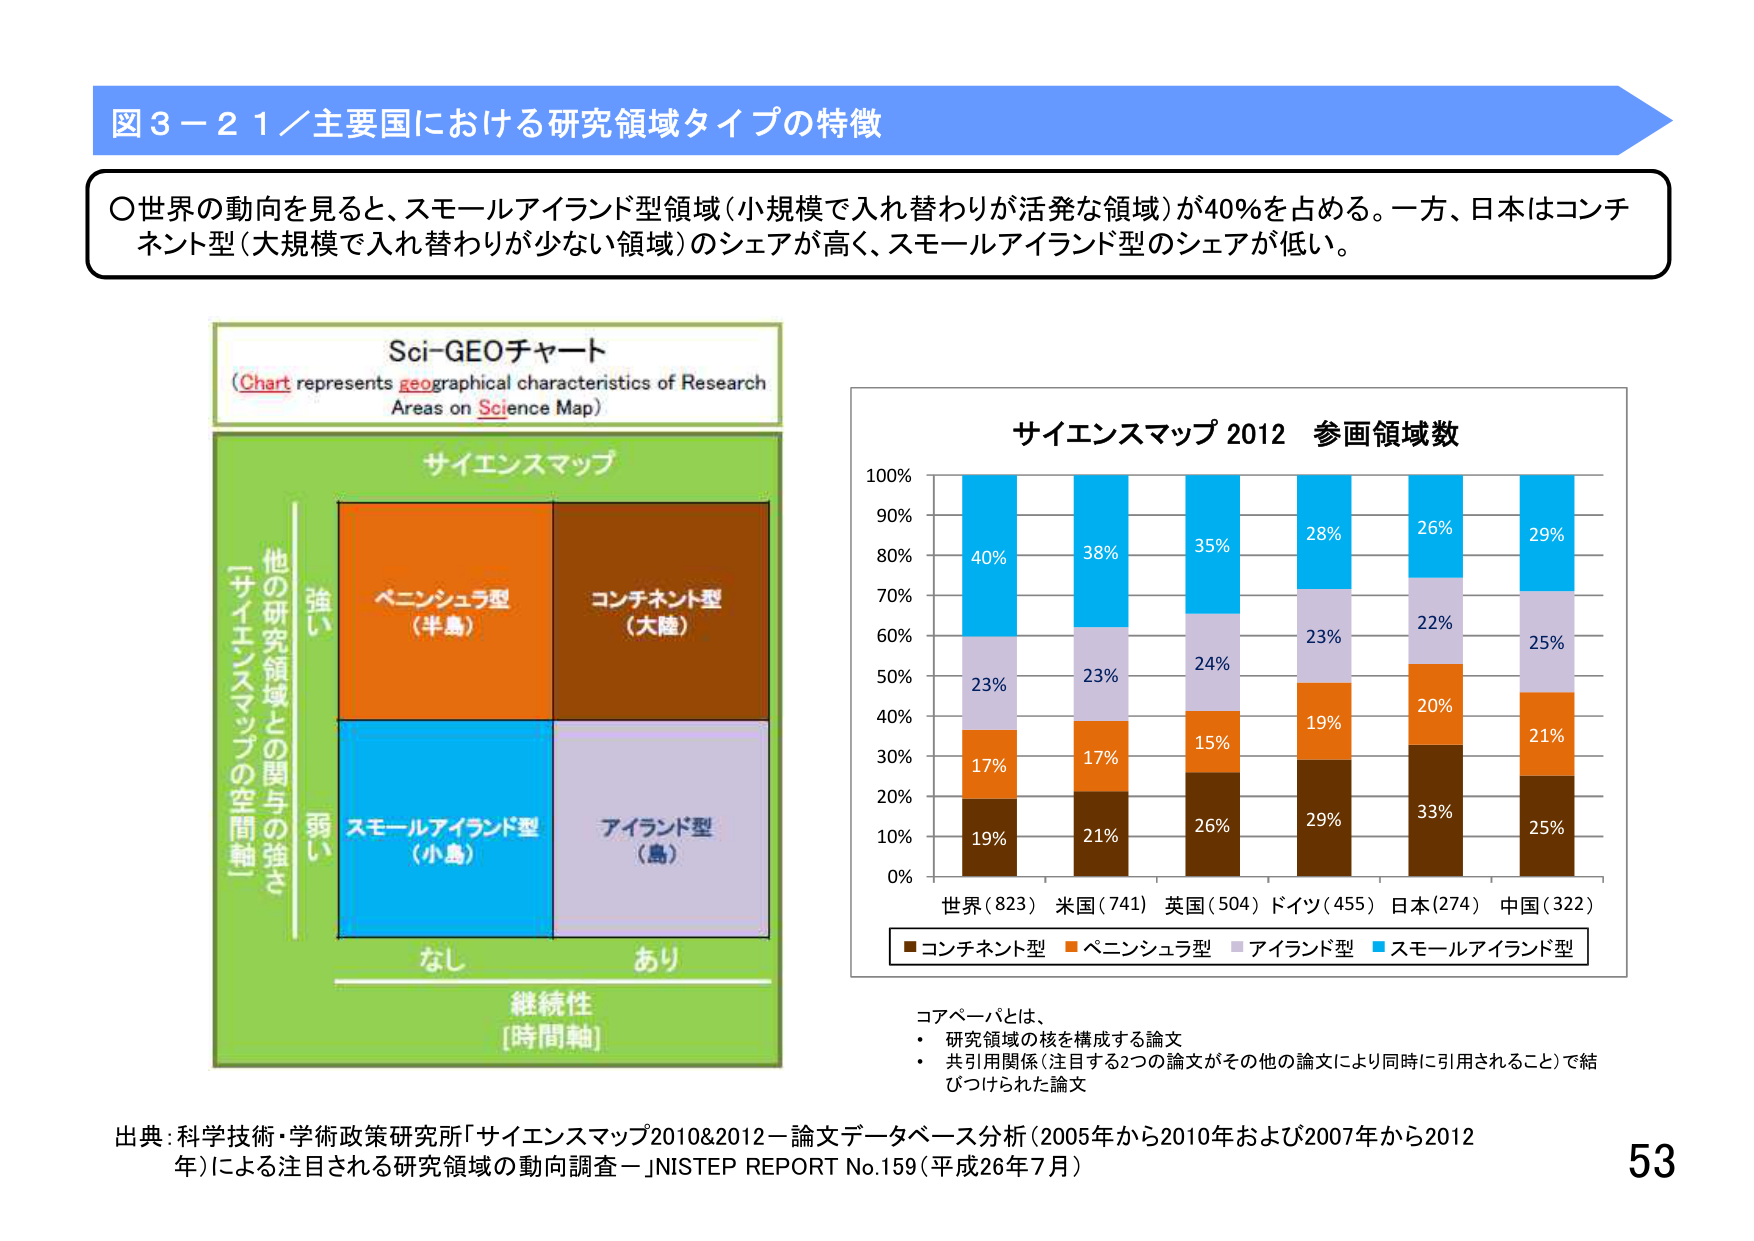
図３－２１／主要国における研究領域タイプの特徴

〇世界の動向を見ると、スモールアイランド型領域（小規模で入れ替わりが活発な領域）が40％を占める。一方、日本はコンチネント型（大規模で入れ替わりが少ない領域）のシェアが高く、スモールアイランド型のシェアが低い。

Sci-GEOチャート
（Chart represents geographical characteristics of Research Areas on Science Map）

サイエンスマップ

他の研究領域との関与の強さ
[サイエンスマップの空間軸]

強い
ペニンシュラ型
（半島）
コンチネント型
（大陸）

弱い
スモールアイランド型
（小島）
アイランド型
（島）

なし
あり
継続性
[時間軸]

サイエンスマップ 2012 参画領域数

100%
90%
80%
70%
60%
50%
40%
30%
20%
10%
0%

40%
23%
17%
19%

38%
23%
17%
21%

35%
24%
15%
26%

28%
23%
19%
29%

26%
22%
20%
33%

29%
25%
21%
25%

世界（823） 米国（741） 英国（504） ドイツ（455） 日本（274） 中国（322）

■コンチネント型 ■ペニンシュラ型 ■アイランド型 ■スモールアイランド型

コアペーパとは、
・研究領域の核を構成する論文
・共引用関係（注目する2つの論文がその他の論文により同時に引用されること）で結びつけられた論文

出典：科学技術・学術政策研究所「サイエンスマップ2010&2012－論文データベース分析（2005年から2010年および2007年から2012年）による注目される研究領域の動向調査－」NISTEP REPORT No.159（平成26年7月）

53